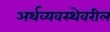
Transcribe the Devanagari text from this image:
अर्थव्यवस्थेवरील